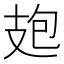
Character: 𭣘